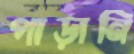
পাড়ানি